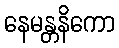
နေမန္တနိကော